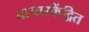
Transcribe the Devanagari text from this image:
बाजारकेंद्रित